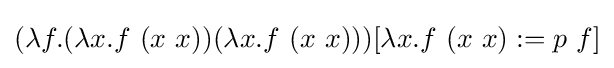
(\lambda f.(\lambda x.f\ (x\ x))(\lambda x.f\ (x\ x)))[\lambda x.f\ (x\ x):=p\ f]